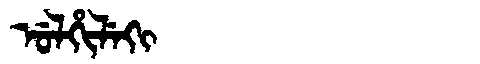
Manchu: ᡠᠯᡥᡳᠯᡝᡴᡳ
Romanization: ULHILEKI